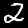
Digit: 2